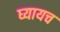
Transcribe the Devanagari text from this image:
घ्यायच